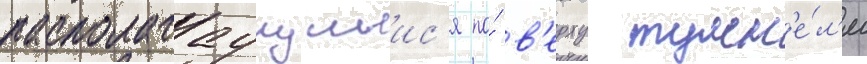
располагаущиис'я по́ в'ерху тунн'е́л'я